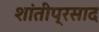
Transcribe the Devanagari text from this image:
शांतीप्रसाद